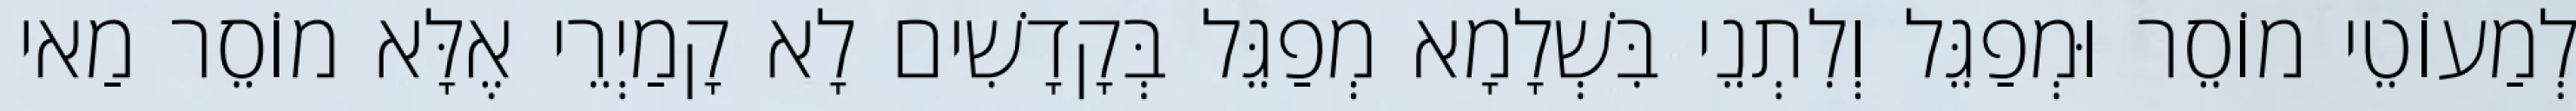
לְמַעוֹטֵי מוֹסֵר וּמְפַגֵּל וְלִתְנֵי בִּשְׁלָמָא מְפַגֵּל בְּקָדָשִׁים לָא קָמַיְרֵי אֶלָּא מוֹסֵר מַאי